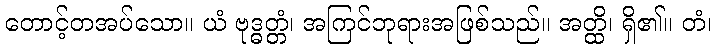
တောင့်တအပ်သော။ ယံ ဗုဒ္ဓတ္တံ၊ အကြင်ဘုရားအဖြစ်သည်။ အတ္ထိ၊ ရှိ၏။ တံ၊